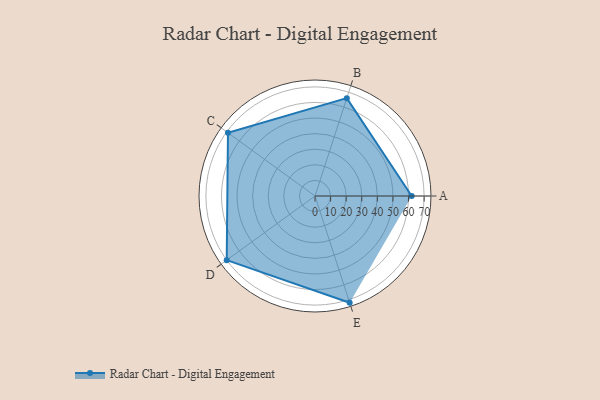
{"axis": {"x": "Skill", "y": "Score"}, "legend": ["Profile"], "data": [{"x": "A", "y": 62.0, "type": "Profile"}, {"x": "B", "y": 66.0, "type": "Profile"}, {"x": "C", "y": 69.0, "type": "Profile"}, {"x": "D", "y": 70.0, "type": "Profile"}, {"x": "E", "y": 72.0, "type": "Profile"}]}